Calcutta medical institutions reports 1871-78
Year: 1871
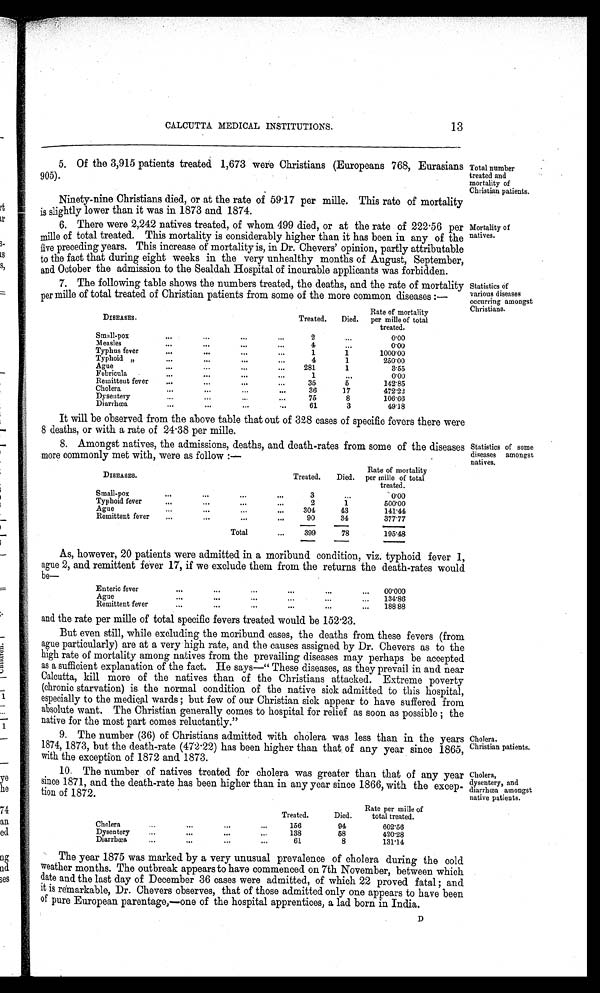
Cholera.
Christian patients.
Cholera,
dysentery, and
diarrhoea amongst
native patients.
CALCUTTA MEDICAL INSTITUTIONS.
13
5. Of the 3,915 patients treated 1,673 were Christians (Europeans 768,Eurasians
905).
Ninety-nine Christians died, or at the rate of 59 .17 per mile. This rate of mortality
is slightly lower than it was in 1873 and 1874.
6. There were 2,242 natives treated, of whom 499 died, or at the rate of 222 .56 per
mille of total treated. This mortality is considerably higher than it has been in any of the
five preceding years. This increase of mortality is, in Dr. Chevers' opinion, partly attributable
to the fact that during eight weeks in the very unhealthy months of August, September,
and October the admission to the Sealdah Hospital of incurable applicants was forbidden.
7. The following table shows the numbers treated, the deaths, and the rate of mortality
per mille of total treated of Christian patients from some of the more common diseases :—
DISEASES.
Treated.
Died.
Rate of mortality
per mille of total
treated.
Smell-pox
..,
...
"S
...
...
0'00
M easles
...
...
...
...
...
0'00
Typhus fever
...
...
...
...
1
1
1000'00
Typhoid „
...
...
...
...
4
1
260'00
Ague
...
.04
...
281
1
3.55
Febricula
...
...
...
1
...
0'00
Remittent fever
..
...
6.
35
5
142'85
Cholera
...
...
...
...
36
17
472'22
Dysentery
...
75
8
106'66
Diarrhoea
...
...
•.•
61
3
49'18
It will be observed from the above table that out of 328 cases of specific fevers there were
8 deaths, or with a rate of 24 .38 per mille.
8. Amongst natives, the admissions, deaths, and death-rates from some of the diseases
more commonly met with, were as follow :—
•
DISEASES.
Treated.
Died.
Rate of mortality
per mille of total
treated.
Small-pox
.$
...
...
...
3
...
0'00
Typhoid fever
...
...
...
..,
2
1
500'00
Ague
...
...
...
304
43
141'44
Remittent fever
...
...
.$
90
34
377'77
Total
...
____
399
_
78
......nnn•
195'48
Total number
treated and
mortality of
Christian patients.
Mortality of
natives.
Statistics of
various diseases
occurring amongst
Christians.
Statistics of some
diseases amongst
natives.
As, however, 20 patients were admitted in a moribund condition, viz. typhoid fever 1,
ague 2, and remittent fever 17, if we exclude them from the returns the death-rates would
be—
Enteric fever
...
...
...
...
...
,..
00'000
Ag ue
...
*Of
...
...
O.
...
131'86
Remittent fever
...
.0
...
...
...
...
188 88
and the rate per mile of total specific fevers treated would be 152.23.
But even still, while excluding the moribund cases, the deaths from these fevers (from
ague particularly) are at a very high rate, and the causes assigned by Dr. Chevers as to the
high rate of mortality among natives from the prevailing diseases may perhaps be accepted
as a sufficient explanation of the fact. He says—" These diseases, as they prevail in and near
Calcutta, kill more of the natives than of the Christians attacked. Extreme poverty
(chronic starvation) is the normal condition of the native sick admitted to this hospital,
especially to the medical wards ; but few of our Christian sick appear to have suffered from
absolute want. The Christian generally comes to hospital for relief as soon as possible ; the
native for the most part comes reluctantly."
9. The number (36) of Christians admitted with cholera was less than in the years
1874, 1873, but the death-rate (472 .22) has been higher than that of any year since 1865,
with the exception of 1872 and 1873.
10. The number of natives treated for cholera was greater than that of any year
since 1871, and the death-rate has been higher than in any year since 1866, with the excep-
tion of 1R72.
Treated.
Died.
Rate per mills of
total treated.
Cholera
...
•• 0
...
...
156
94
602'56
Dysentery
...
.••
138
58
420.28
Diarrhoe
... ...
...
...
61
8
131'14
The year 1875 was marked by a very unusual prevalence of cholera during the cold
weather months. The outbreak appears to have commenced on 7th November, between which
date and the last day of December 36 cases were admitted, of which 22 proved fatal ; and
it is remarkable, Dr. Chevers observes, that of those admitted only one appears to have been
of pure European parentage,—one of the hospital apprentices, a lad born in India.